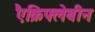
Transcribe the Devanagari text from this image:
एैक्रिफ्लेबीन